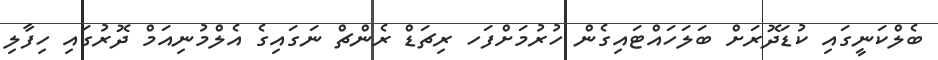
ބެލްކަނީގައި ކުޑަދޮރަށް ބަލަހައްޓައިގެން ހުރުމަށްފަހ ރިޗަޑް ރެންޗް ނަގައިގެ އެލްމުނިއަމް ދޮރުގައި ހިފާލި